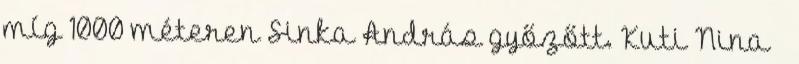
míg 1000 méteren Sinka András győzőtt. Kuti Nina –